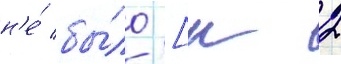
н'е́ бы́ло [к 2